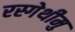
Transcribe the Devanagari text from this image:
रस्गेथीमु